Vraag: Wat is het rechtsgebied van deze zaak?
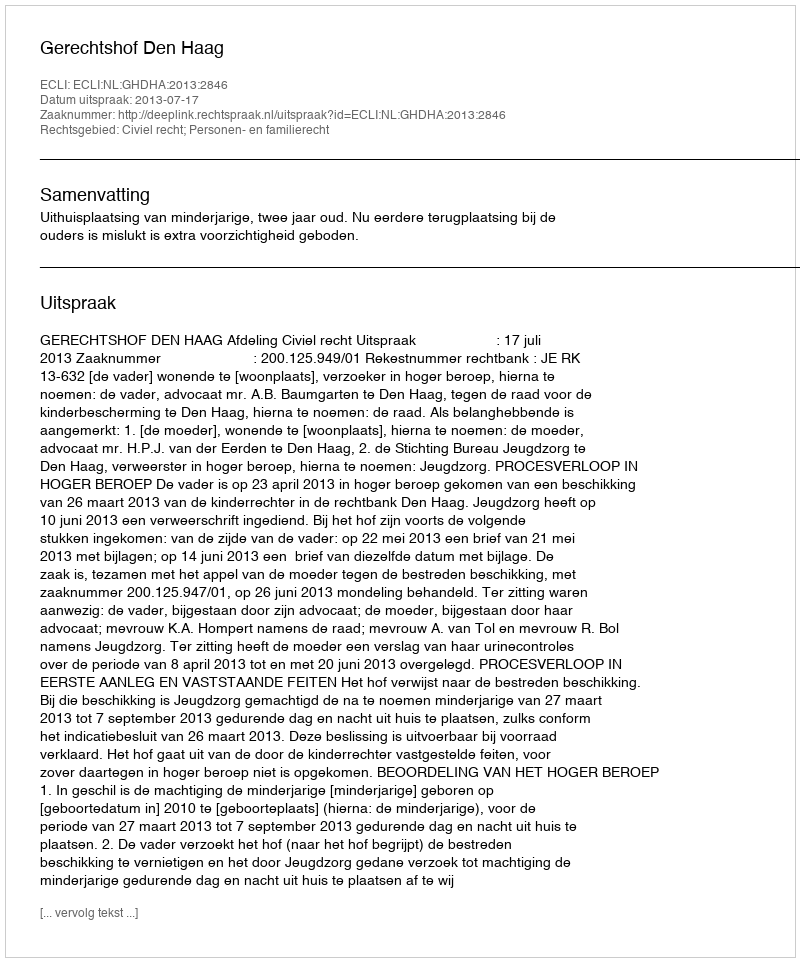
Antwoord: Civiel recht; Personen- en familierecht